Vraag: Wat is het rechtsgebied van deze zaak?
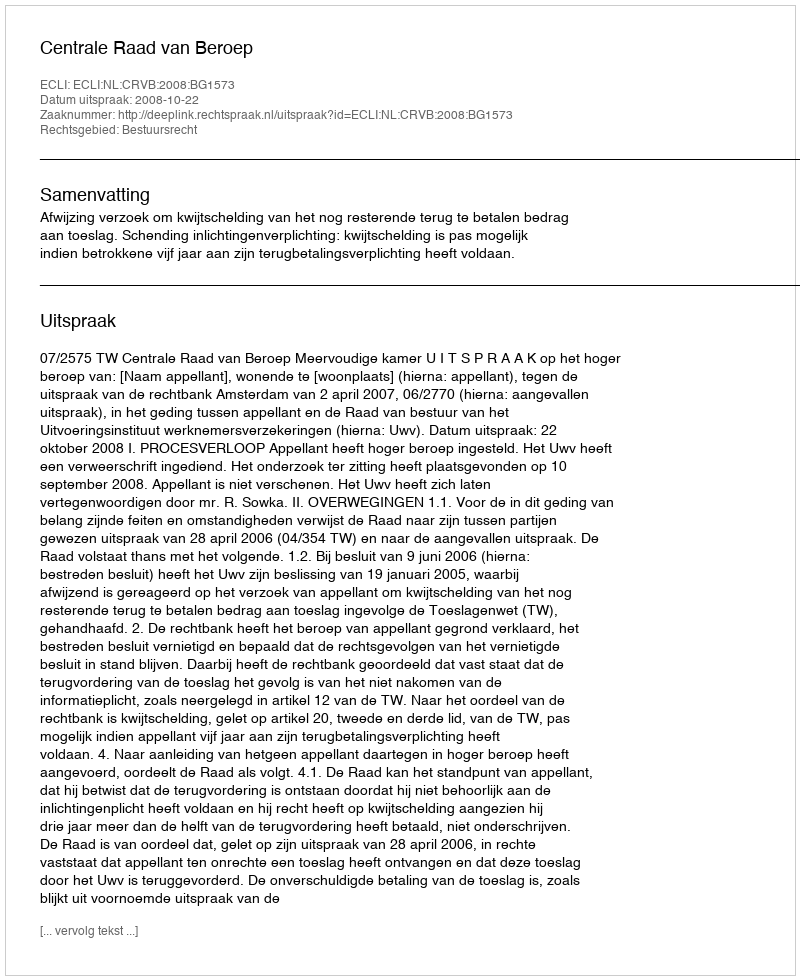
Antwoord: Bestuursrecht